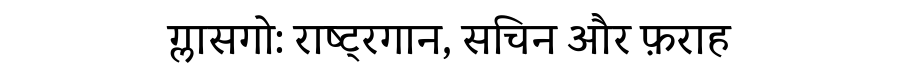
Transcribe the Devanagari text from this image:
ग्लासगो: राष्ट्रगान, सचिन और फ़राह